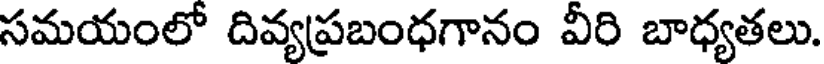
సమయంలో దివ్యప్రబంధగానం వీరి బాధ్యతలు.